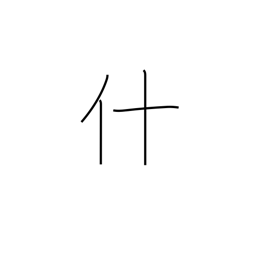
Meaning: thing